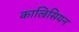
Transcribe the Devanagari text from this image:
काल्रिसियन